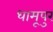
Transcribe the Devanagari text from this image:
धामूपुर